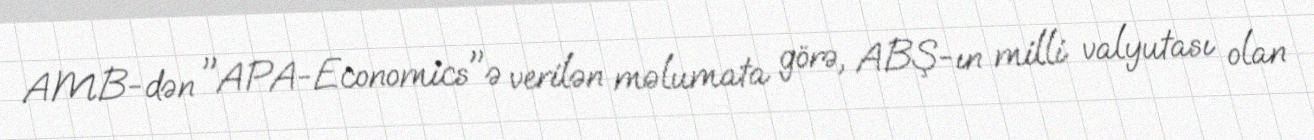
AMB-dən "APA-Economics"ə verilən məlumata görə, ABŞ-ın milli valyutası olan